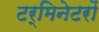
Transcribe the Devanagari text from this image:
टर्मिनेटरों